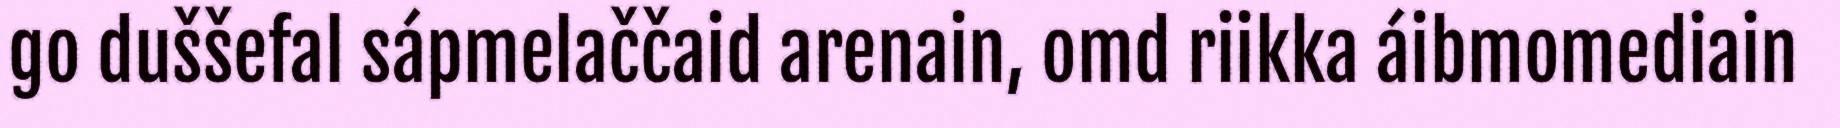
go duššefal sápmelaččaid arenain, omd riikka áibmomediain